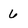
Character: 6